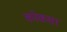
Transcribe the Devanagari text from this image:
कोकसा